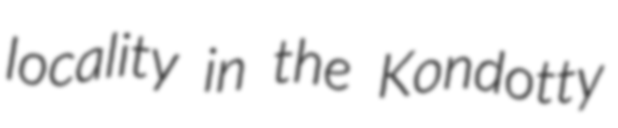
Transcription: locality in the Kondotty